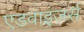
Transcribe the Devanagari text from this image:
एडवाइजर्स